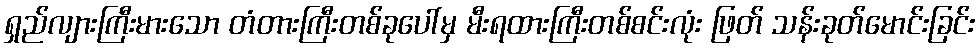
ရှည်လျားကြီးမားသော တံတားကြီးတစ်ခုပေါ်မှ မီးရထားကြီးတစ်စင်းလုံး ဖြတ် သန်းခုတ်မောင်းခြင်း